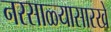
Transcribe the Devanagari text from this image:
नरसाळ्यासारखे